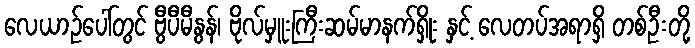
လေယာဉ်ပေါ်တွင် ဗွီပီမီနွန်၊ ဗိုလ်မှူးကြီးဆမ်မာနက်ရှိုး နှင့် လေတပ်အရာရှိ တစ်ဦးတို့